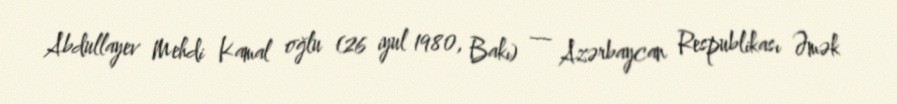
Abdullayev Mehdi Kamal oğlu (26 iyul 1980, Bakı) — Azərbaycan Respublikası Əmək